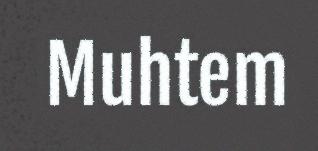
Muhtem